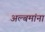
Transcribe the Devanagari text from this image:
अल्बमांना